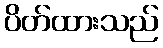
ပိတ်ထားသည်